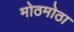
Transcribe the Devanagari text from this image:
मोठमोठा